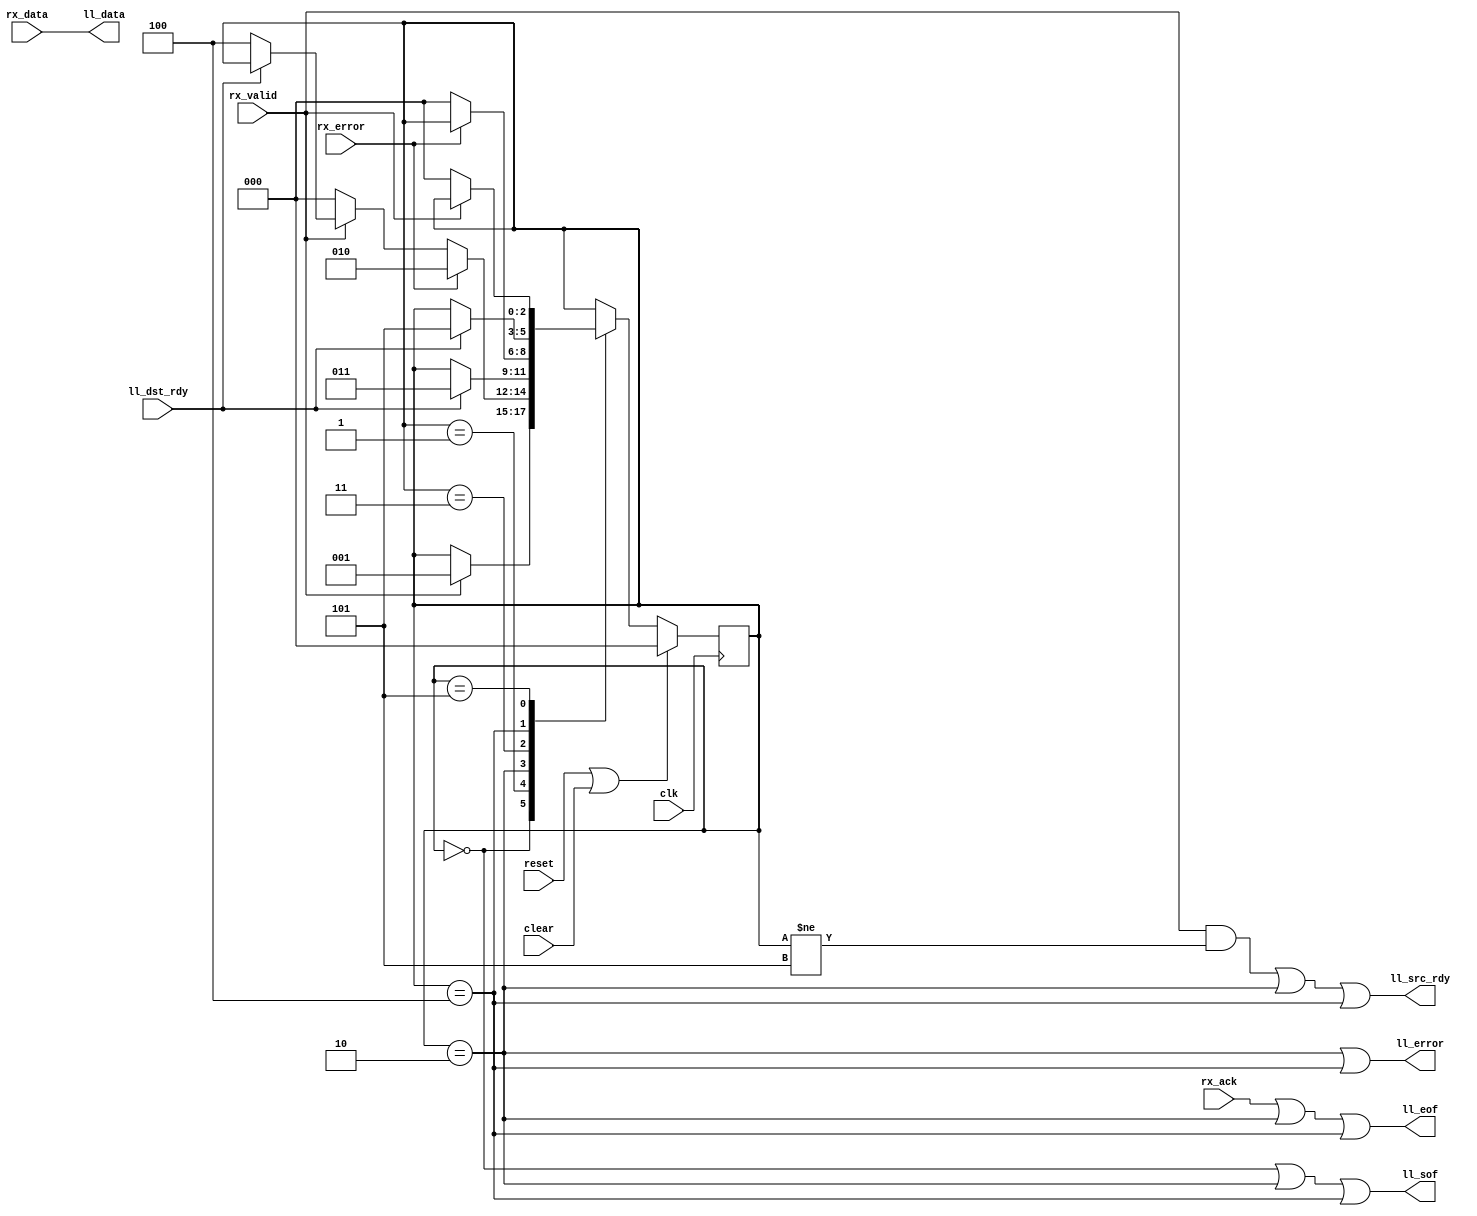
//
// Copyright 2011 Ettus Research LLC
// Copyright 2018 Ettus Research, a National Instruments Company
//
// SPDX-License-Identifier: LGPL-3.0-or-later
//



module rxmac_to_ll8
  (input clk, input reset, input clear,
   input [7:0] rx_data, input rx_valid, input rx_error, input rx_ack,
   output [7:0] ll_data, output ll_sof, output ll_eof, output ll_error, output ll_src_rdy, input ll_dst_rdy );

   reg [2:0] xfer_state;

   localparam XFER_IDLE     = 0;
   localparam XFER_ACTIVE   = 1;
   localparam XFER_ERROR    = 2;
   localparam XFER_ERROR2   = 3;
   localparam XFER_OVERRUN  = 4;
   localparam XFER_OVERRUN2 = 5;
      
   assign ll_data 	    = rx_data;
   assign ll_src_rdy 	    = ((rx_valid & (xfer_state != XFER_OVERRUN2) )
			       | (xfer_state == XFER_ERROR) 
			       | (xfer_state == XFER_OVERRUN));
   assign ll_sof 	    = ((xfer_state==XFER_IDLE)|(xfer_state==XFER_ERROR)|(xfer_state==XFER_OVERRUN));
   assign ll_eof 	    = (rx_ack | (xfer_state==XFER_ERROR) | (xfer_state==XFER_OVERRUN));
   assign ll_error 	    = (xfer_state == XFER_ERROR)|(xfer_state==XFER_OVERRUN);
   
   always @(posedge clk)
     if(reset | clear)
       xfer_state 	   <= XFER_IDLE;
     else
       case(xfer_state)
	 XFER_IDLE :
	   if(rx_valid)
	     xfer_state <= XFER_ACTIVE;
	 XFER_ACTIVE :
	   if(rx_error)
	     xfer_state <= XFER_ERROR;
	   else if(~rx_valid)
	     xfer_state <= XFER_IDLE;
	   else if(~ll_dst_rdy)
	     xfer_state <= XFER_OVERRUN;
	 XFER_ERROR :
	   if(ll_dst_rdy)
	     xfer_state <= XFER_ERROR2;
	 XFER_ERROR2 :
	   if(~rx_error)
	     xfer_state <= XFER_IDLE;
	 XFER_OVERRUN :
	   if(ll_dst_rdy)
	     xfer_state <= XFER_OVERRUN2;
	 XFER_OVERRUN2 :
	   if(~rx_valid)
	     xfer_state <= XFER_IDLE;
       endcase // case (xfer_state)

   
endmodule // rxmac_to_ll8